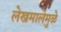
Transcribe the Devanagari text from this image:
लेखमालेमुळे